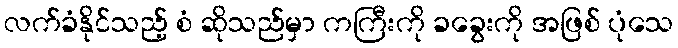
လက်ခံနိုင်သည့် စံ ဆိုသည်မှာ ကကြီးကို ခခွေးကို အဖြစ် ပုံသေ